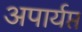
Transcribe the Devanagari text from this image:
अपार्यप्त